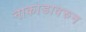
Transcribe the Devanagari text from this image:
नाकाडावरुन